Annual administration report of the Civil Veterinary Department of India - 1896-1897
Year: 1896
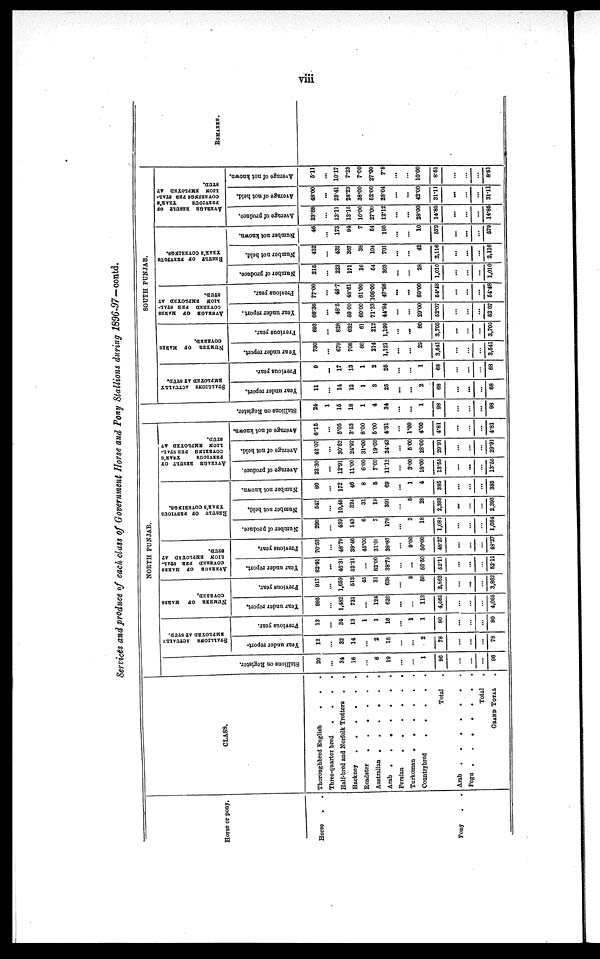
viii
Services and produce of each class of Government Horse and Pony Stallions during 1896-97-contd.
Horse or pony.
Horse
. . .
Pony . .
CLASS.
Thoroughbred English . .
.
Three-quarter bred
.
.
.
.
Half-bred and Norfolk Trottera . .
Hackney
.
.
.
.
.
.
Roadster
.
.
.
.
.
Australian
.
.
.
.
.
Arab .
.
.
.
.
.
.
Persian
.
.
.
.
.
.
Turkoman
.
.
.
.
Countrybred
.
.
.
.
Total .
Arab .
.
.
.
.
.
.
Pegu
.
.
.
.
.
Total .
GRAND TOTAL .
NORTH PUNJAB.
Stallions on Regi s t
er .
20
...
34
16
...
6
19
...
...
1
96
...
...
...
96
STALLIONS
ACTUALLY
EMPLOYED
AT STUD.
Year under report.
12
...
32
14
...
2
16
...
...
2
78
...
...
...
78
Previous year.
13
...
34
13
1
1
16
...
1
1
80
...
...
...
80
NUMBER OF
MARES
COVERED.
Year
under report.
995
...
1,482
731
...
124
620
...
...
113
4,065
...
...
...
4,065
Previous year.
917
...
1,659
513
45
31
638
...
9
50
3,862
...
...
...
3,862
AVERAGE
OF
MARES
COVERED PER STAL-
LION
EMPLOYED AT
STUD.
Year under report.
82.91
...
46.31
52.21
...
62.00
38.75
...
...
56.50
52.11
...
...
...
52.11
Previous year.
70.53
...
48.79
39.46
45.00
31.00
39.87
...
9.00
50.00
48.27
...
...
...
48.27
RESULT OF PREVIOUS
YEAR'S
COVERINGS
Number of produce.
290
...
439
143
6
7
178
...
3
18
1,084
...
...
...
1,084
Number not held.
547
...
10,48
324
31
19
391
...
5
28
2,393
...
...
...
2,393
Number not known.
80
...
172
46
8
6
69
...
1
4
385
...
...
...
385
AVERAEB RESULT OF
PREVIOUS
YEAR'S
COVERING PER STAL-
LION EMPLOYED AT
STUD.
Average of produce.
22.30
...
12.91
11.00
6.00
7.00
11.12
...
3.00
18.00
13.55
...
...
...
13.55
Average of not held.
42.07
...
30.82
24.92
31.00
19.00
24.43
...
5.00
28.00
29.91
...
...
...
29.91
Average of not known.
6.15
...
5.05
3.53
8.00
5.00
4.31
...
1.00
4.00
4.81
...
...
...
4.81
Stallions on Register.
24
1
15
18
1
4
34
...
...
1
98
...
...
...
98
SOUTH PUNJAB.
STALLIONS ACTUALLY
EMPLOYED
AT STUD.
Year under report.
11
...
14
12
1
3
25
...
...
2
68
...
...
...
68
Previous year.
9
...
17
13
1
2
25
...
1
68
...
...
...
68
NUMBER OF
MARES
COVERED.
Year under report.
730
...
679
708
60
214
1,121
...
...
29
3,541
...
...
...
3,541
Previous year.
693
...
828
632
61
212
1,199
...
...
80
3,705
...
...
...
3,705
AVERAGR
OF
MARES
COVERED PER STAL-
LION
EMPLOYED AT
STUD.
Year under report.
66.36
...
48.5
59.00
60.00
71.33
44.84
...
...
29.00
52.07
...
...
...
52.07
Previous year.
77.00
...
48.7
48.61
61.00
106.00
47.86
...
...
80.00
54.48
...
...
...
54.48
RESULT OF PREVIOUS
YEAR'S
COVERINGS.
Number of produce.
215
...
223
171
16
54
303
...
...
28
1,010
...
...
...
1,010
Number
not held.
432
...
432
367
38
104
701
...
...
42
2,116
...
...
...
2,116
Number not known.
46
...
173
94
7
54
195
...
...
10
579
...
...
...
579
AVERAGE RESULT OF
PREVIOUS
YEAR'S
COVERINGS PER STAL-
LION EMPLOYED AT
STUD.
Average of produce.
23.88
...
13.11
13.15
16.00
27.00
12.12
...
...
28.00
14.85
...
...
...
14.85
Average of not held.
48.00
...
25.41
28.23
38.00
52.00
28.04
...
...
42.00
31.11
...
...
...
31.11
Average of not known.
5.11
...
10.17
7.23
7.00
27.00
7.8
...
...
10.00
8.51
...
...
...
8.51
REMARKS.